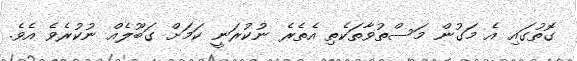
ގޮތުގައި އެ މަގުން މަސްތުވާތަކެތި އެތެރެ ނުކުރަނީ ކަމަށް ގަބޫލެއް ނުކުރެވެ އެވެ.